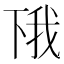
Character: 𫠰